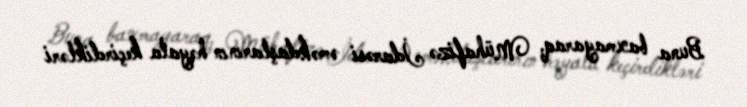
Buna baxmayaraq, Mühafizə İdarəsi əməkdaşlarının həyata keçirdikləri